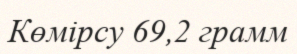
Көмірсу 69,2 грамм